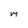
Character: m